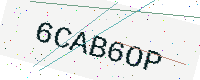
Text: 6CAB6OP